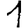
Digit: 1